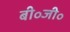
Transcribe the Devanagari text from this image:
बी॰जी॰